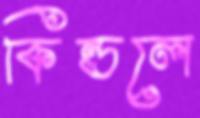
কিন্ডলে